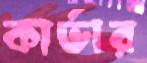
কার্ভার